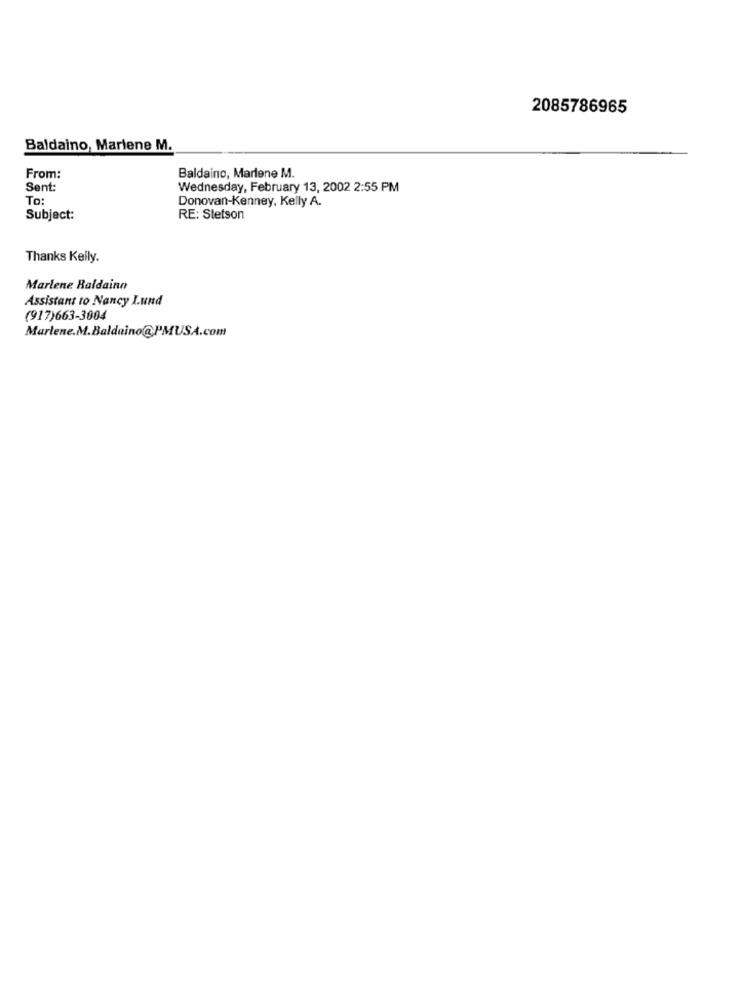
2085786965
Baldaino, Marlene M.
From:
Baldaino, Marlene M.
Sent:
Wednesday, February 13, 2002 2:55 PM
To:
Donovan-Kenney, Kelly A.
Subject:
RE: Stetson
Thanks Kelly.
Marlene Baldainn
Assistant to Nancy Lund
(917)663-3004
Marlene.M.Baldaino@PMUSA.com